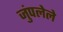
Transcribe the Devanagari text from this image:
जुंपलेले